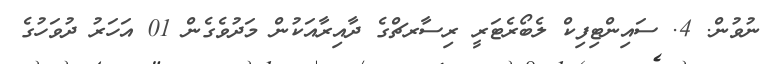
ނުވުން. 4. ސައިންޓިފިކް ލެބޯރެޓަރީ ރިސާރޗްގެ ދާއިރާއަކުން މަދުވެގެން 01 އަހަރު ދުވަހުގެ